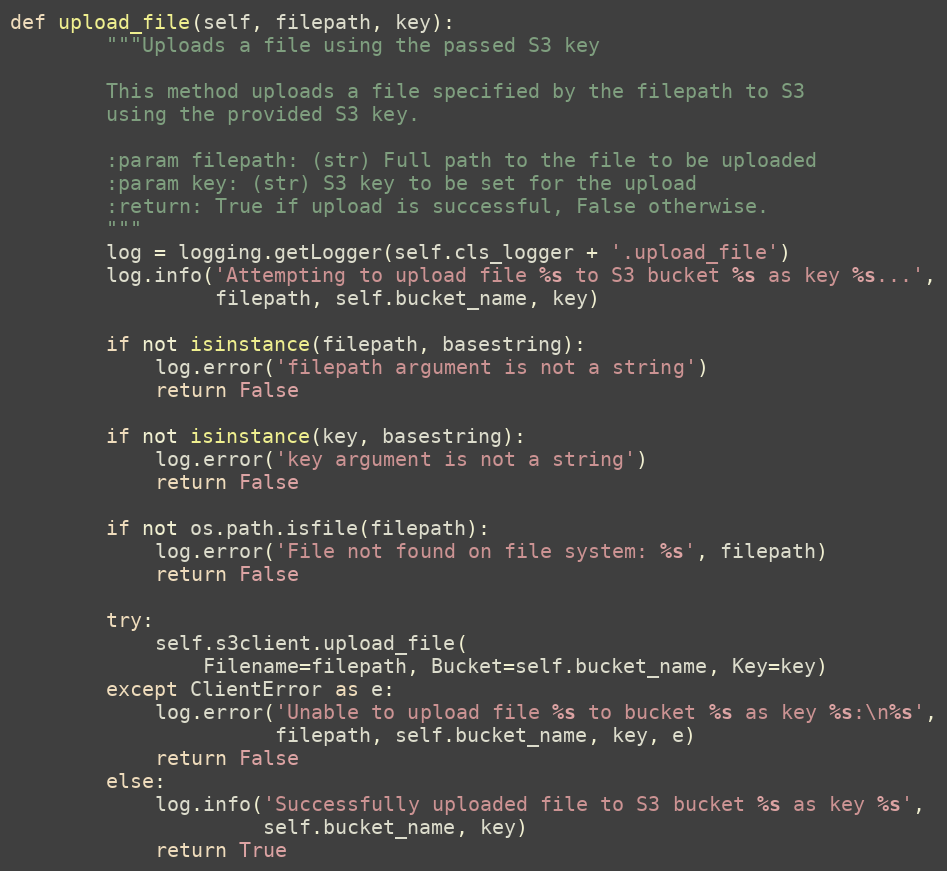
Language: Python
def upload_file(self, filepath, key):
        """Uploads a file using the passed S3 key

        This method uploads a file specified by the filepath to S3
        using the provided S3 key.

        :param filepath: (str) Full path to the file to be uploaded
        :param key: (str) S3 key to be set for the upload
        :return: True if upload is successful, False otherwise.
        """
        log = logging.getLogger(self.cls_logger + '.upload_file')
        log.info('Attempting to upload file %s to S3 bucket %s as key %s...',
                 filepath, self.bucket_name, key)

        if not isinstance(filepath, basestring):
            log.error('filepath argument is not a string')
            return False

        if not isinstance(key, basestring):
            log.error('key argument is not a string')
            return False

        if not os.path.isfile(filepath):
            log.error('File not found on file system: %s', filepath)
            return False

        try:
            self.s3client.upload_file(
                Filename=filepath, Bucket=self.bucket_name, Key=key)
        except ClientError as e:
            log.error('Unable to upload file %s to bucket %s as key %s:\n%s',
                      filepath, self.bucket_name, key, e)
            return False
        else:
            log.info('Successfully uploaded file to S3 bucket %s as key %s',
                     self.bucket_name, key)
            return True